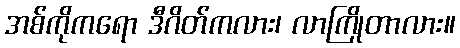
အစ်ကိုကရော ဒီဂိတ်ကလား၊ လာကြိုတာလား။